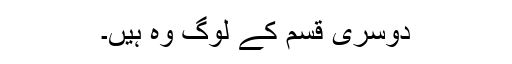
دوسری قسم کے لوگ وہ ہیں۔